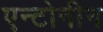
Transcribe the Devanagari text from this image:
एन्टोनीन